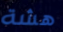
هشة